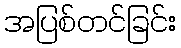
အပြစ်တင်ခြင်း